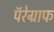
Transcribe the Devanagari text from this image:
पॅरेग्राफ